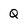
Character: Q